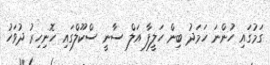
ގަމުގައި ހުންނަ ހަމަދު ބިން ހަލީފާ އަލް ސާނީ ސްކޫލްގައި ހޮނިހިރު ދުވަހު